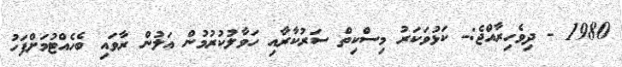
1980 - ދިވެހިރާއްޖެ:- ކަޅުވަކަރު މިސްކިތް ސަރުކާރާއި ހަވާލުކުރުމުން އަލުން ރާވައި ބެހެއްޓުމަށްފަހު